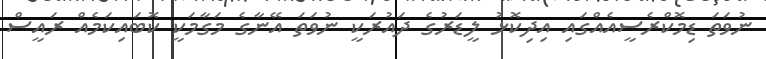
ނުވަތަ ޑިމޮކްރެސީއެއްގައި އިދިކޮޅު ލީޑަރުގެ ދައުރަކީ ނުވަތަ އޭނާގެ މަގާމަކީ ކޮބައިކަމެއް ރައީސް